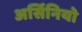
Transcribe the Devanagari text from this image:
अर्सिनियो